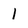
Character: l